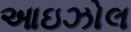
આઇઝોલ